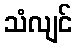
သံလျင်